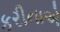
કરીનાએ